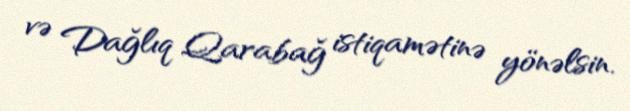
və Dağlıq Qarabağ istiqamətinə yönəlsin.